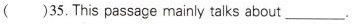
( )35.This passage mainly talks about ___.